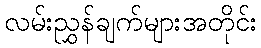
လမ်းညွှန်ချက်များအတိုင်း